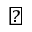
\vartriangle